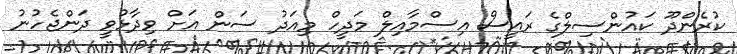
ކުރެންދޫ ކައުންސިލްގެ ރައީސް އިސްމާއިލް މަދީހް މިއަދު ސަން އަށް ވިދާޅުވީ ދަންޖެހުނު